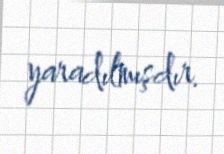
yaradılmışdır.